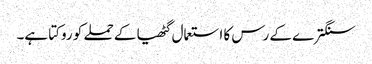
سنگترے کے رس کا استعمال گٹھیا کے حملے کو روکتا ہے۔